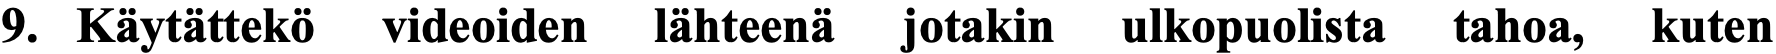
9. Käytättekö videoiden lähteenä jotakin ulkopuolista tahoa, kuten